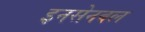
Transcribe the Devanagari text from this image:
इनसेनबल